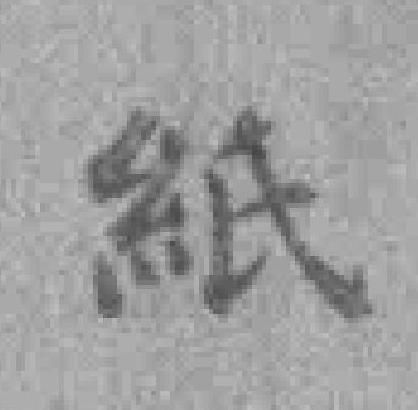
紙